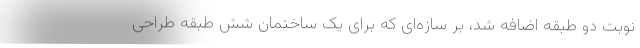
نوبت دو طبقه اضافه شد، بر سازه‌ای که برای یک ساختمان شش طبقه طراحی